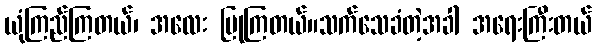
ယုံကြည်ကြတယ်၊ အလေး ပြုကြတယ်။သက်သေခံတဲ့အခါ အရေးကြီးတယ်